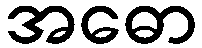
အဓော